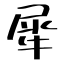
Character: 犀